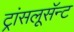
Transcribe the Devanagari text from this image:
ट्रांसलूसॅन्ट